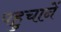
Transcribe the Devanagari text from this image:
पहुचानें